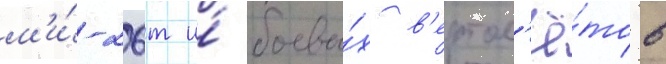
м'и́-26т и́ боевы́х в'ертол'ё́тов